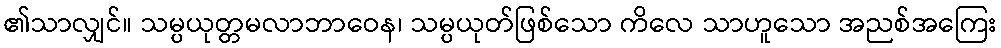
၏သာလျှင်။ သမ္ပယုတ္တမလာဘာဝေန၊ သမ္ပယုတ်ဖြစ်သော ကိလေ သာဟူသော အညစ်အကြေး